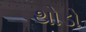
થોડો